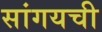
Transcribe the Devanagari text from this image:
सांगयची